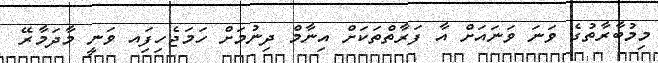
މިމުބާރާތުގެ ވަނަ ވަނައަށް އާ ފަރާތްތަކަށް އިނާމް ދިނުމަށް ހަމަޖެހިފަިއ ވަނީ މާދަމާރޭ